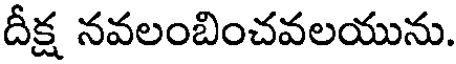
దీక్ష నవలంబించవలయును.